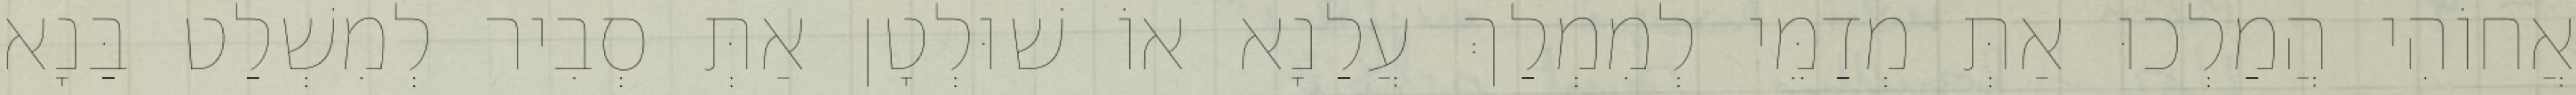
אֲחוֹהִי הֲמַלְכוּ אַתְּ מְדַמֵּי לְמִמְלַךְ עֲלַנָא אוֹ שׁוּלְטָן אַתְּ סְבִיר לְמִשְׁלַט בַּנָא